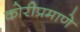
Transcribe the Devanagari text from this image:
कोरीप्रमाणे